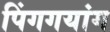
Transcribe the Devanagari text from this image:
पिंगगयांग